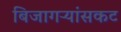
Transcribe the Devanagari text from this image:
बिजागऱ्यांसकट